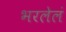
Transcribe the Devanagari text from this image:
भरलेलं